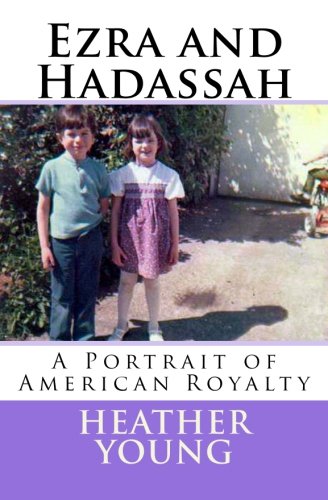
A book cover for Ezra and Hadassah: A Portrait of American Royalty; Heather M. Young; Law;